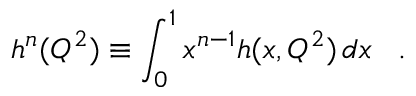
h ^ { n } ( Q ^ { 2 } ) \equiv \int _ { 0 } ^ { 1 } x ^ { n - 1 } h ( x , Q ^ { 2 } ) \, d x \; \; \; .